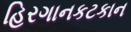
હિરગાનકટકાન